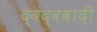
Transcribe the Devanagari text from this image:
द्वंद्ववादी